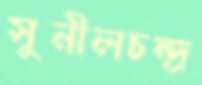
সুনীলচন্দ্র